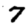
Digit: 7